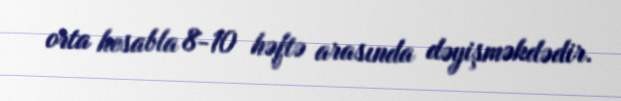
orta hesabla 8-10 həftə arasında dəyişməkdədir.